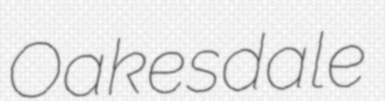
Oakesdale